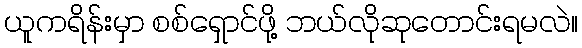
ယူကရိန်းမှာ စစ်ရှောင်ဖို့ ဘယ်လိုဆုတောင်းရမလဲ။